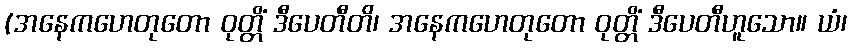
(အနေကဟေတုတော ဝုတ္တိံ ဒီပေတီတိ၊ အနေကဟေတုတော ဝုတ္တိံ ဒီပေတီဟူသော။ ယံ၊